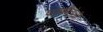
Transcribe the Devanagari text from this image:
घडवीलेली